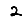
Digit: 2